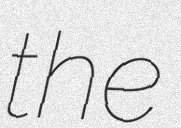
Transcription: the